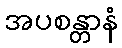
အပစန္တာနံ